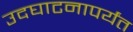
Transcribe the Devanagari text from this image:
उदघाटनापर्यंत